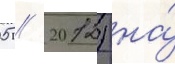
05 // 2012) на́